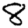
Digit: 8